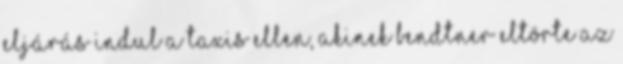
eljárás indul a taxis ellen, akinek Bendtner eltörte az